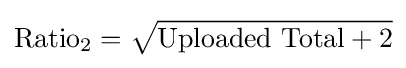
{\textrm {Ratio}}_{2}={\sqrt {{\text{Uploaded Total}}+2}}